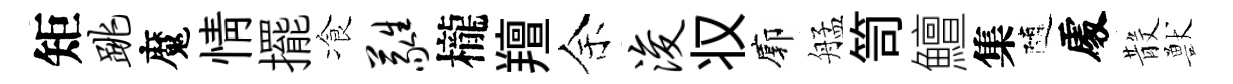
矩跳魔情擺飡蕤櫳羶余浚𠬧廓艋笥鱣集隨𠁅𣪚獸